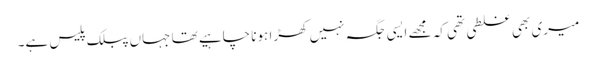
میری بھی غلطی تھی کہ مجھے ایسی جگہ نہیں کھڑا ہونا چاہیے تھا جہاں پبلک پلیس ہے۔